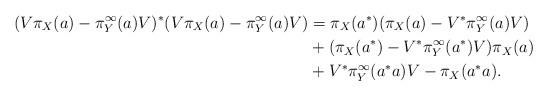
LaTeX: \begin{align*}(V \pi_X (a) - \pi^\infty_Y (a) V)^*(V \pi_X (a) - \pi^\infty_Y (a) V) &=\pi_X (a^*) (\pi_X (a)- V^* \pi_Y^\infty (a) V)\\&+ (\pi_X (a^*) - V^*\pi_Y^\infty (a^*)V )\pi_X (a) \\&+ V^* \pi_Y^\infty (a^*a ) V - \pi_X (a^*a ).\end{align*}